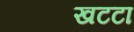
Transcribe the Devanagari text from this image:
खटटा